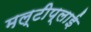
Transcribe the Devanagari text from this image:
मल्टीप्लाई